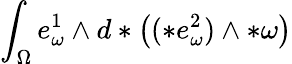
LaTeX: \int_{\Omega}e_{\omega}^{1}\wedge d\ast\big((\ast e_{\omega}^{2})\wedge\ast\omega\big)